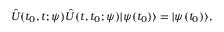
\hat { U } ( t _ { 0 } , t ; \psi ) \hat { U } ( t , t _ { 0 } ; \psi ) | \psi ( t _ { 0 } ) \rangle = | \psi ( t _ { 0 } ) \rangle ,